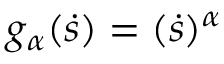
g _ { \alpha } ( \dot { s } ) = ( \dot { s } ) ^ { \alpha }